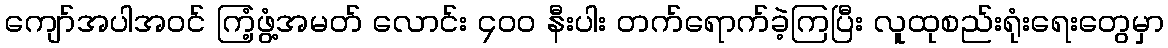
ကျော်အပါအဝင် ကြံ့ဖွံ့အမတ် လောင်း ၄၀၀ နီးပါး တက်ရောက်ခဲ့ကြပြီး လူထုစည်းရုံးရေးတွေမှာ